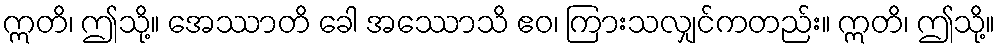
ဣတိ၊ ဤသို့။ အေဿာတိ ခေါ အဿောသိ ဧဝ၊ ကြားသလျှင်ကတည်း။ ဣတိ၊ ဤသို့။